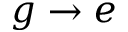
g \rightarrow e